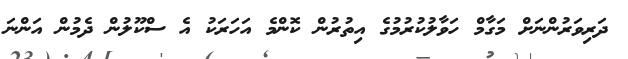
ދަރިވަރުންނަށް މަގާމް ހަވާލުކުރުމުގެ އިތުރުން ކޮންމެ އަހަރަކު އެ ސްކޫލުން ދެމުން އަންނަ